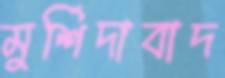
মুর্শিদাবাদ